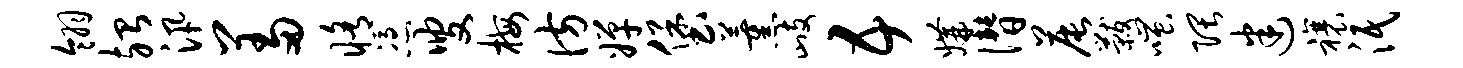
翎殆汛羞修凭叟梅彷婵堡薰歧五媾僭晨黻嗤隈迷禳泯